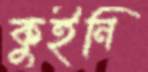
কুইনি